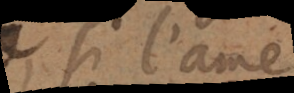
si l’ame